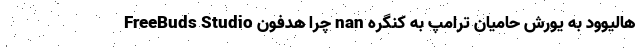
هالیوود به یورش حامیان ترامپ به کنگره nan چرا هدفون FreeBuds Studio